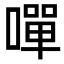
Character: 嘽